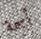
أسمة